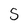
Character: 5